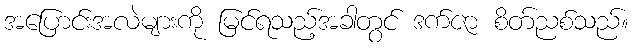
အပြောင်းအလဲများကို မြင်ရသည့်အခါတွင် ဒက်ဇာ စိတ်ညစ်သည်။